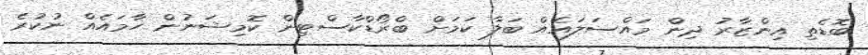
ބޮޑެތި އިންޒާރު ދިން މައްސަލައެއް ބަލާ ކަމަށް ބްރޯޑްކާސްޓިން ކޮމިޝަނުން ހާމައެއް ނުކުރެ